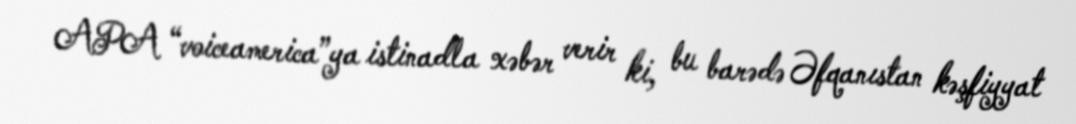
APA “voiceamerica”ya istinadla xəbər verir ki, bu barədə Əfqanıstan kəşfiyyat